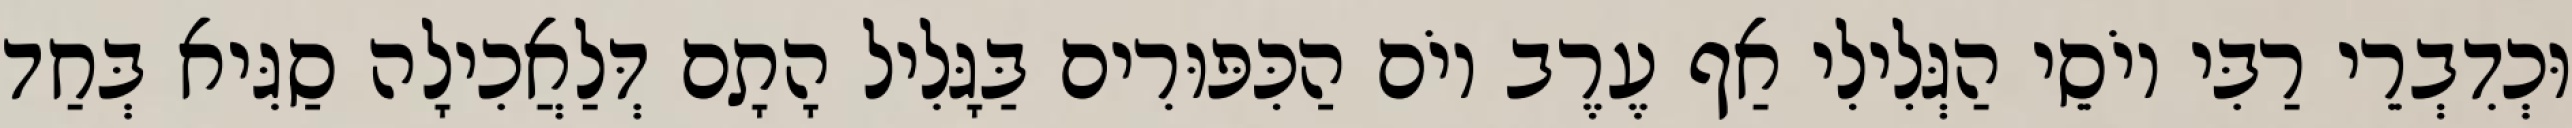
וּכְדִבְרֵי רַבִּי יוֹסֵי הַגְּלִילִי אַף עֶרֶב יוֹם הַכִּפּוּרִים בַּגָּלִיל הָתָם דְּלַאֲכִילָה סַגִּיא בְּחַד